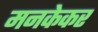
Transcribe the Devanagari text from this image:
मनकेकर